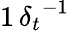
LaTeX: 1\, {\delta_{t}}^{-1}